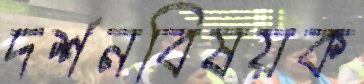
দর্শনবিষয়ক